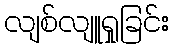
လျစ်လျူရှုခြင်း